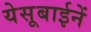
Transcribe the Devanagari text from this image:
येसूबाईनें